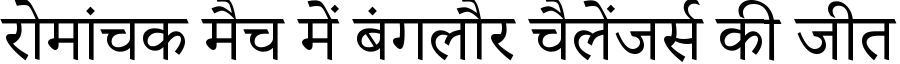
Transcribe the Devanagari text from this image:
रोमांचक मैच में बंगलौर चैलेंजर्स की जीत